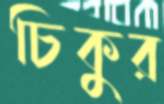
চিকুর